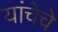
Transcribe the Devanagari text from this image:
यांचेचे